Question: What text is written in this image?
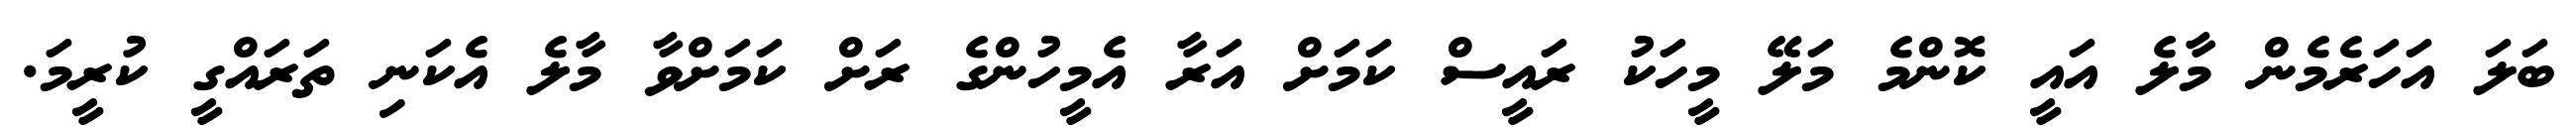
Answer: ބަލަ އަހަރެމެން މާލެ އައީ ކޮންމެ މަލޭ މީހަކު ރައީސް ކަމަށް އަރާ އެމީހުންގެ ރަށް ކަމަށްވާ މާލެ އެކަނި ތަރައްގީ ކުރީމަ.